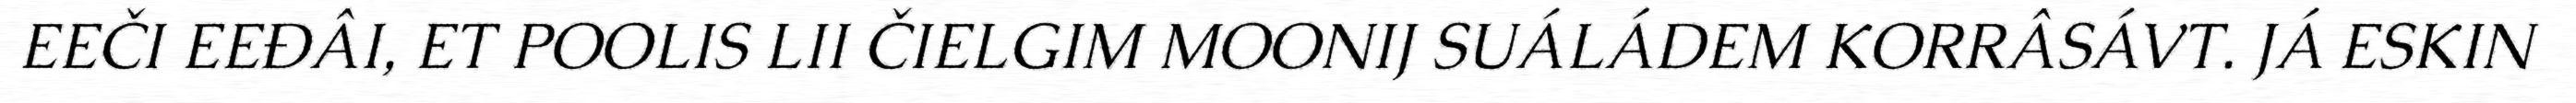
EEČI EEĐÂI, ET POOLIS LII ČIELGIM MOONIJ SUÁLÁDEM KORRÂSÁVT. JÁ ESKIN